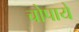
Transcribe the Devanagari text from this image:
चोपाये